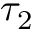
\tau _ { 2 }